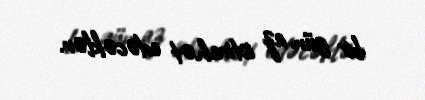
bir gün az istirahət edəcəklər.